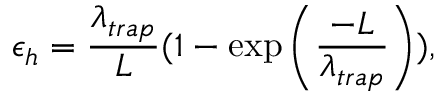
{ \epsilon _ { h } } = { \frac { \lambda _ { t r a p } } { L } } { ( 1 - \exp \left( \frac { - L } { \lambda _ { t r a p } } \right) ) } ,